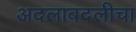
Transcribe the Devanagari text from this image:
अदलाबदलीचा